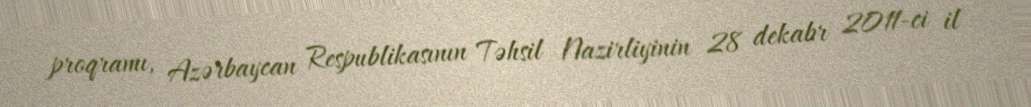
proqramı, Azərbaycan Respublikasının Təhsil Nazirliyinin 28 dekabr 2011-ci il